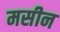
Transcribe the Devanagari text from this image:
मसीन